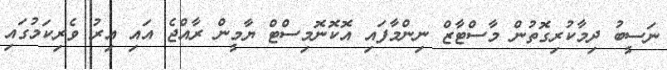
ނަސީބު ދިމާކުރިގޮތުން މާސްޓާޒް ނިންމާފައި އޮކޮނޮމިސްޓް ޔާމީން ރާއްޖެ އައި އިރު ވެރިކަމުގައި